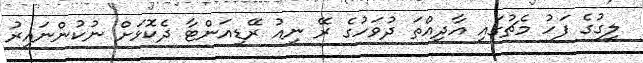
ލީގުގެ ފަހު މެޗުގައި އާދިއްތަ ދުވަހުގެ ރޭ ނިއު ރޭޑިއަންޓާ ދެކޮޅަށް ނުކުންނައިރު